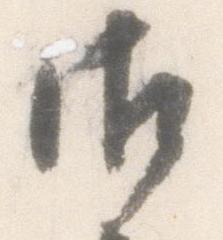
御